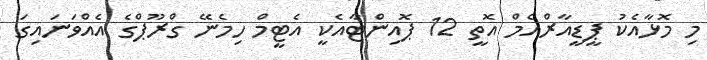
މި މޮޅާއެކު ޕީޑީއާރްއެމް އޮތީ 12 ޕޮއިންޓާއެކީ އެޓީމް ހިމެނޭ ގްރޫޕްގެ އެއްވަނައިގަ